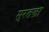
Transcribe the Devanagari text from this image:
मुरतज़ा